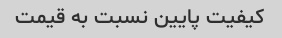
کیفیت پایین نسبت به قیمت